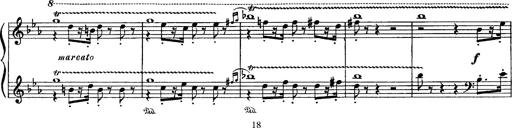
Title: Fantaisie sur des motifs favoris de l'opÃ©ra 'La sonnambula'
Composer: Franz Liszt